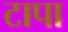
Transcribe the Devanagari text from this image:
टापा